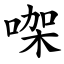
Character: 㗎